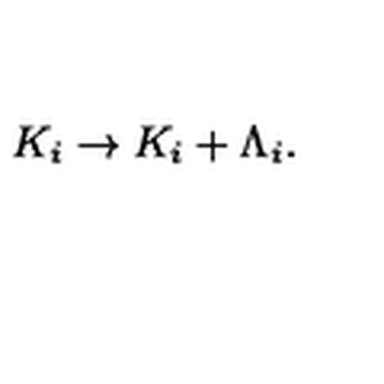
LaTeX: K _ { i } \rightarrow K _ { i } + \Lambda _ { i } .